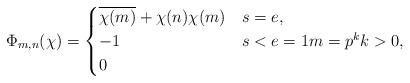
LaTeX: \begin{align*}\Phi_{m,n}(\chi)=\begin{cases}\overline{\chi(m)}+\chi(n)\chi(m)&s=e,\\-1&s<e=1m=p^kk>0,\\0&\end{cases}\end{align*}